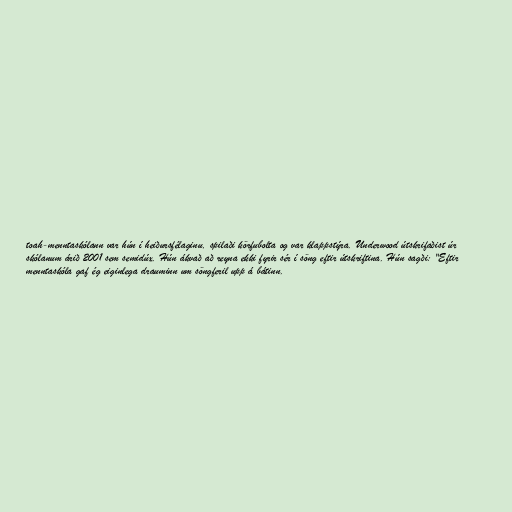
toah-menntaskólann var hún í heiðursfélaginu, spilaði körfubolta og var klappstýra. Underwood útskrifaðist úr
skólanum árið 2001 sem semidúx. Hún ákvað að reyna ekki fyrir sér í söng eftir útskriftina. Hún sagði: "Eftir
menntaskóla gaf ég eiginlega drauminn um söngferil upp á bátinn.